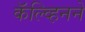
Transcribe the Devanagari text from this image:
कॅल्व्हिनने